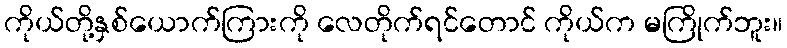
ကိုယ်တို့နှစ်ယောက်ကြားကို လေတိုက်ရင်တောင် ကိုယ်က မကြိုက်ဘူး။